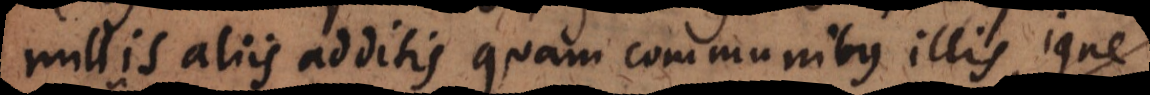
nullis aliis additis quam communibus illis, igne,